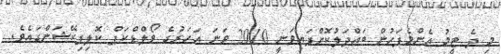
މި ދެ ޓީމު އެންމެފަހުން ބައްދަލުކޮށްފައިވަނީ 2010 ވަނަ އަހަރުގެ ވޯލްޑްކަޕް ކޮލިފިކޭޝަންގައެވެ.